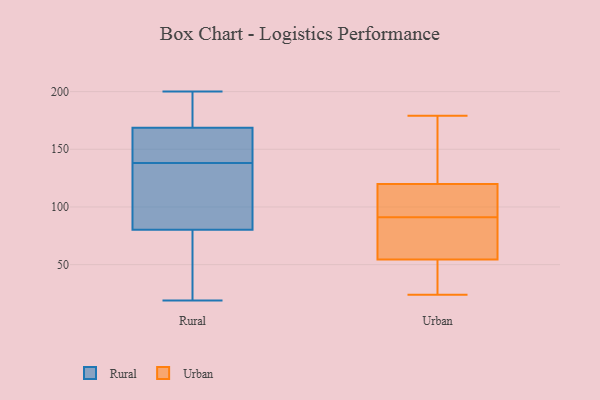
{"axis": {"x": "Humidity (%)", "y": "Value"}, "legend": ["Rural", "Urban"], "data": [{"x": "", "y": 138, "type": "Rural"}, {"x": "", "y": 157, "type": "Rural"}, {"x": "", "y": 82, "type": "Rural"}, {"x": "", "y": 81, "type": "Rural"}, {"x": "", "y": 192, "type": "Rural"}, {"x": "", "y": 54, "type": "Rural"}, {"x": "", "y": 45, "type": "Rural"}, {"x": "", "y": 163, "type": "Rural"}, {"x": "", "y": 196, "type": "Rural"}, {"x": "", "y": 138, "type": "Rural"}, {"x": "", "y": 19, "type": "Rural"}, {"x": "", "y": 148, "type": "Rural"}, {"x": "", "y": 200, "type": "Rural"}, {"x": "", "y": 107, "type": "Rural"}, {"x": "", "y": 166, "type": "Rural"}, {"x": "", "y": 78, "type": "Rural"}, {"x": "", "y": 177, "type": "Rural"}, {"x": "", "y": 134, "type": "Urban"}, {"x": "", "y": 167, "type": "Urban"}, {"x": "", "y": 36, "type": "Urban"}, {"x": "", "y": 109, "type": "Urban"}, {"x": "", "y": 64, "type": "Urban"}, {"x": "", "y": 56, "type": "Urban"}, {"x": "", "y": 114, "type": "Urban"}, {"x": "", "y": 94, "type": "Urban"}, {"x": "", "y": 41, "type": "Urban"}, {"x": "", "y": 91, "type": "Urban"}, {"x": "", "y": 179, "type": "Urban"}, {"x": "", "y": 24, "type": "Urban"}, {"x": "", "y": 122, "type": "Urban"}, {"x": "", "y": 54, "type": "Urban"}, {"x": "", "y": 90, "type": "Urban"}]}